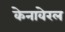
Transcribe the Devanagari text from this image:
केनावेरल